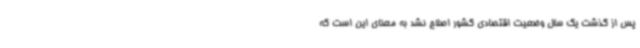
پس از گذشت یک سال وضعیت اقتصادی کشور اصلاح نشد به معنای این است که